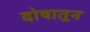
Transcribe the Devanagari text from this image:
दोषातून